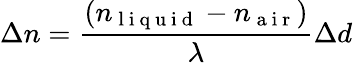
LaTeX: \Delta n=\frac{(n_{\mathrm{~l~i~q~u~i~d~}}-n_{\mathrm{~a~i~r~}})}{\lambda}\Delta d